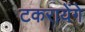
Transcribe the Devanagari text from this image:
टकरायेंगे